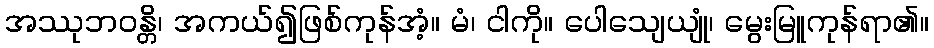
အဿုဘဝန္တိ၊ အကယ်၍ဖြစ်ကုန်အံ့။ မံ၊ ငါကို။ ပေါသျေယျုံ၊ မွေးမြူကုန်ရာ၏။